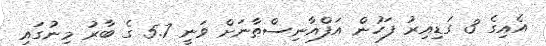
އެއިގެ 3 ގަޑިއިރު ފަހުން އަފްޣާނިސްތާނަށް ވަނީ 5.7 ގެ ބާރު މިނުގައި